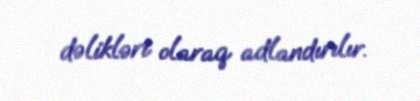
dəlikləri olaraq adlandırılır.